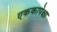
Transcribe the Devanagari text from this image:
एककापेक्षा